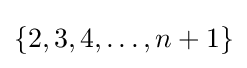
{\textstyle \left\{2,3,4,\dotsc ,n+1\right\}}